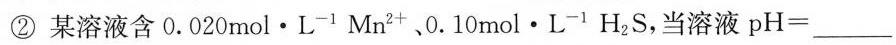
②某溶液含0.020mol·L^{-1}Mn^{2+}﹑0.10mol·L^{-1}H_{2}S，当溶液$$p H = ___$$